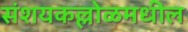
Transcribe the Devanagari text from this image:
संशयकल्लोळमधील